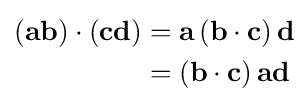
{\begin{aligned}\left(\mathbf {a} \mathbf {b} \right)\cdot \left(\mathbf {c} \mathbf {d} \right)&=\mathbf {a} \left(\mathbf {b} \cdot \mathbf {c} \right)\mathbf {d} \\&=\left(\mathbf {b} \cdot \mathbf {c} \right)\mathbf {a} \mathbf {d} \end{aligned}}